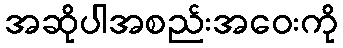
အဆိုပါအစည်းအဝေးကို